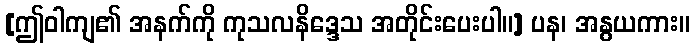
[ဤဝါကျ၏ အနက်ကို ကုသလနိဒ္ဒေသ အတိုင်းပေးပါ။] ပန၊ အနွယကား။